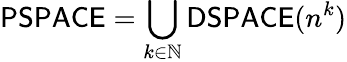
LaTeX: {\mathsf{PSPACE}}=\bigcup_{k\in\mathbb{N}}{\mathsf{DSPACE}}(n^{k})